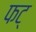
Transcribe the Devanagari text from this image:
फट्